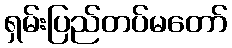
ရှမ်းပြည်တပ်မတော်